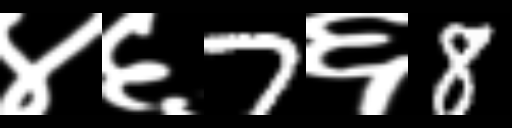
Text: ४६7६8